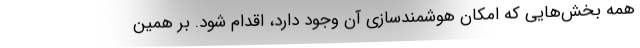
همه بخش‌هایی که امکان هوشمندسازی آن وجود دارد، اقدام شود. بر همین